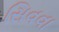
સિવવા